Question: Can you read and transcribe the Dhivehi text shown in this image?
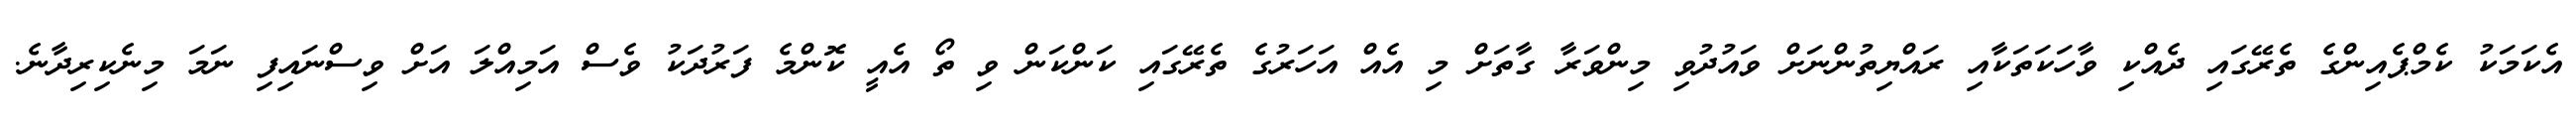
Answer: އެކަމަކު ކެމްޕެއިންގެ ތެރޭގައި ދެއްކި ވާހަކަތަކާއި ރައްޔިތުންނަށް ވައުދުވި މިންވަރާ ގާތަށް މި އެއް އަހަރުގެ ތެރޭގައި ކަންކަން ވި ތޯ އެއީ ކޮންމެ ފަރުދަކު ވެސް އަމިއްލަ އަށް ވިސްނައިފި ނަމަ މިނެކިރިދާނެ.